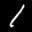
Label: 1